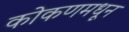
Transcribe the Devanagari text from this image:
कोकणमधून